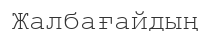
Жалбағайдың